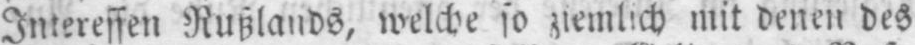
Interessen Rußlands, welche so ziemlich mit denen des